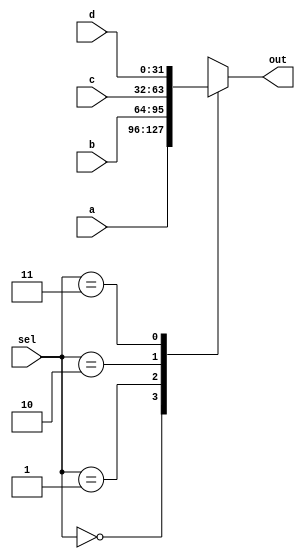
`timescale 1ns / 1ps
//////////////////////////////////////////////////////////////////////////////////
// Company: 
// Engineer: 
// 
// Design Name: 
// Module Name: mux4to1
// Project Name: 
// Target Devices: 
// Tool Versions: 
// Description: 
// 
// Dependencies: 
// 
// Revision:
// Revision 0.01 - File Created
// Additional Comments:
// 
//////////////////////////////////////////////////////////////////////////////////


module Mux32Bit4To1(out, a, b, c, d, sel);
    input [31:0] a, b, c, d;
    input [1:0] sel;
    output reg [31:0] out;
    
    
    always @(*) begin
    case (sel)
    0:out<=a ;
    1:out<=b ;
    2:out<=c ;
    3:out<=d ;
    endcase
    end
    
    
endmodule